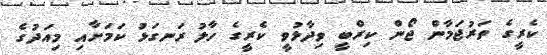
ކެރީގެ ތަރުޖަމާން ޖޯން ކިރްބީ ވިދާޅުވީ ކެރީގެ ހާލު ރަނގަޅު ކަމަށާއި މިއަދުގެ